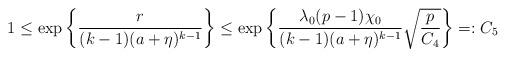
LaTeX: \begin{align*} &1\le \exp\left\{\frac{r}{(k-1)(a+\eta)^{k-1}}\right\}\le \exp\left\{ \frac{\lambda_0 (p-1)\chi_0}{(k-1)(a+\eta)^{k-1}}\sqrt{\frac{p}{C_4}} \right\}=:C_5\end{align*}